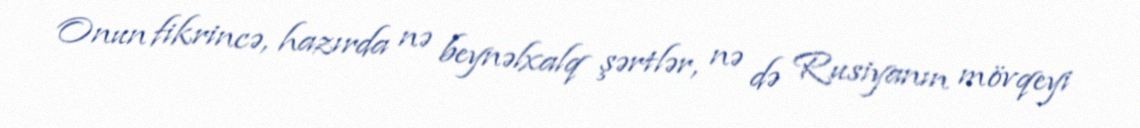
Onun fikrincə, hazırda nə beynəlxalq şərtlər, nə də Rusiyanın mövqeyi